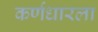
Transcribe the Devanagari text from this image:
कर्णधारला